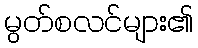
မွတ်စလင်များ၏